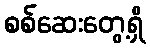
စစ်ဆေးတွေ့ရှိ